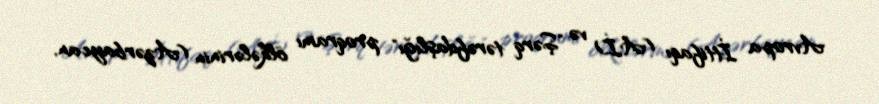
Avropa İttifaqı (Aİ) və "Şərq tərəfdaşlığı" proqramı ölkələrinin (Azərbaycan,